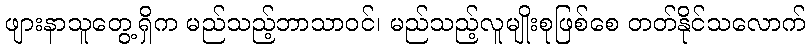
ဖျားနာသူတွေ့ရှိက မည်သည့်ဘာသာဝင်၊ မည်သည့်လူမျိုးစုဖြစ်စေ တတ်နိုင်သလောက်